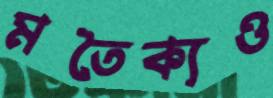
মতৈক্যও